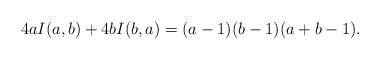
\begin{align*}4aI(a,b)+4bI(b,a)=(a-1)(b-1)(a+b-1).\end{align*}